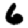
Digit: 6